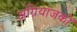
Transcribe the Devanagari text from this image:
अग्नियाजकों